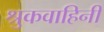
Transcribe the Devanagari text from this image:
श्रुकवाहिनी